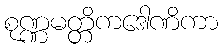
စုဏ္ဏမတ္တိကဒေါဏိကာ